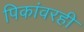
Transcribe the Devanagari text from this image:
पिकांवरही